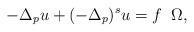
LaTeX: \begin{align*} \begin{aligned} - \Delta_p u + (-\Delta_p)^s u = f \; \; \Omega, \end{aligned} \end{align*}